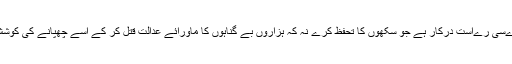
انہےں اےسی رےاست درکار ہے جو سکھوں کا تحفظ کرے نہ کہ ہزاروں بے گناہوں کا ماورائے عدالت قتل کر کے اسے چھپانے کی کوشش کرے۔